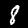
Digit: 8